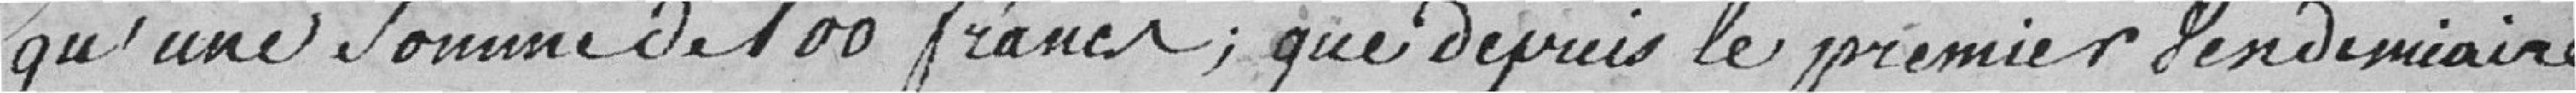
qu'une somme de 100 francs; que depuis le premier vendémiaire